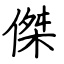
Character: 傑